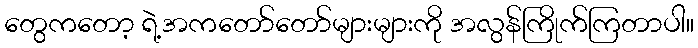
တွေကတော့ ရဲ့အကတော်တော်များများကို အလွန်ကြိုက်ကြတာပါ။